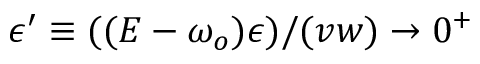
\epsilon ^ { \prime } \equiv ( ( E - \omega _ { o } ) \epsilon ) / ( v w ) \rightarrow 0 ^ { + }